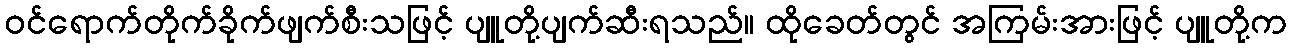
ဝင်ရောက်တိုက်ခိုက်ဖျက်စီးသဖြင့် ပျူတို့ပျက်ဆီးရသည်။ ထိုခေတ်တွင် အကြမ်းအားဖြင့် ပျူတို့က